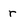
Character: r